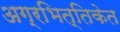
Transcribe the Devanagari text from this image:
अग्रभित्तिकेत